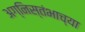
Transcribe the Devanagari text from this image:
अग्निस्तंभाच्या